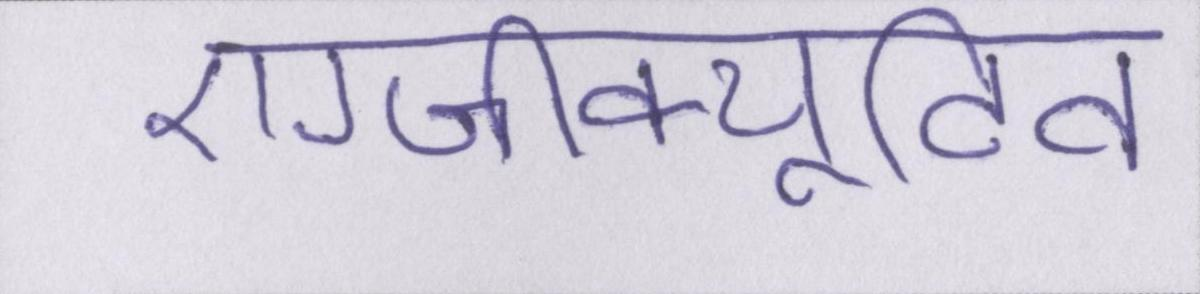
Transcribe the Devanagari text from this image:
एग्जीक्यूटिव